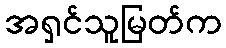
အရှင်သူမြတ်က